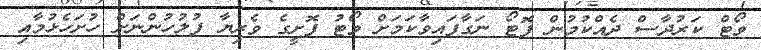
ވޯޓް ކަރުދާސް ދެއްކުމުން ފޮޓޯ ނަގާފައިވާކަމަށް ވޯޓު ފޮށީގެ ވެރިޔާ ފުލުހުންނަށް ހުށަހެޅުމާއި